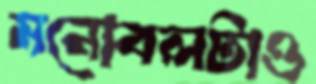
মনোবলটাও